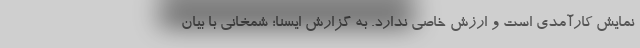
نمایش کارآمدی است و ارزش خاصی ندارد. به گزارش ایسنا؛ شمخانی با بیان